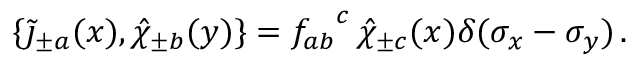
\{ \widetilde \jmath _ { \pm a } ( x ) , \hat { \chi } _ { \pm b } ( y ) \} = { f _ { a b } } ^ { c } \, \hat { \chi } _ { \pm c } ( x ) \delta ( \sigma _ { x } - \sigma _ { y } ) \, .